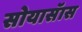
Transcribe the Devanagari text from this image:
सोयासॅास